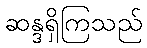
ဆန္ဒရှိကြသည်